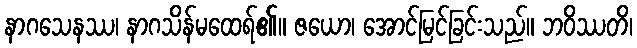
နာဂသေနဿ၊ နာဂသိန်မထေရ်၏။ ဇယော၊ အောင်မြင်ခြင်းသည်။ ဘဝိဿတိ၊